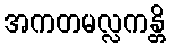
အကတမလ္လကန္တိ